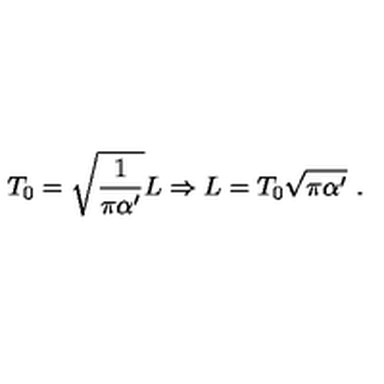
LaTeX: T _ { 0 } = \sqrt { \frac { 1 } { \pi \alpha ^ { \prime } } } L \Rightarrow L = T _ { 0 } \sqrt { \pi \alpha ^ { \prime } } \ .